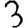
Digit: 3